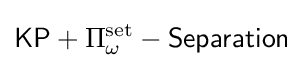
{\mathsf {KP}}+\Pi _{\omega }^{\text{set}}-{\mathsf {Separation}}